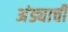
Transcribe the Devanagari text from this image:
अंड्याची